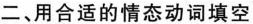
二、用合适的情态动词填空